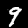
Label: 9